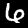
Digit: 6